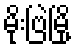
မိုးဗြဲမြို့